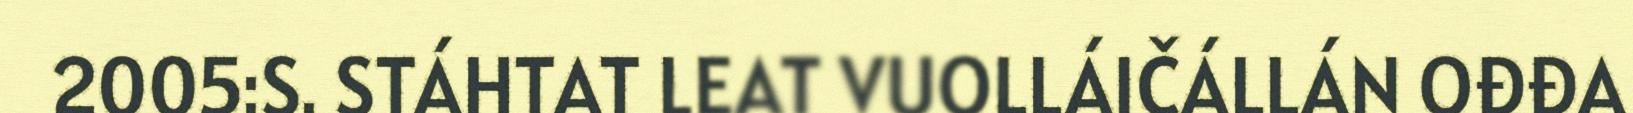
2005:S. STÁHTAT LEAT VUOLLÁIČÁLLÁN OĐĐA